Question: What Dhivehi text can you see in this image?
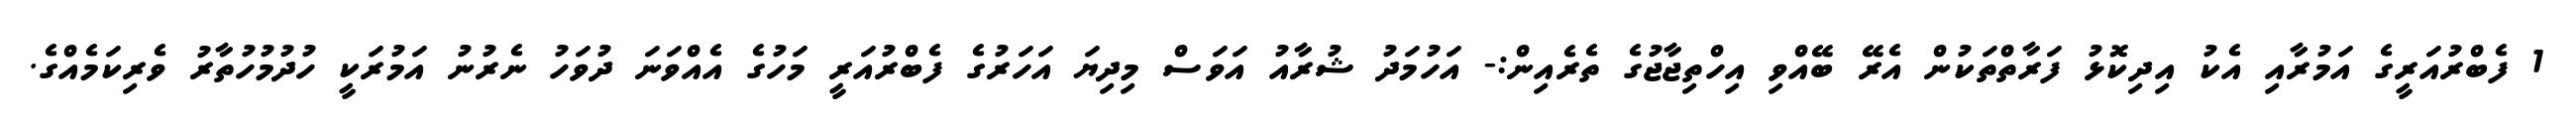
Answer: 1 ފެބްރުއަރީގެ އަމުރާއި އެކު އިދިކޮޅު ފަރާތްތަކުން އެރޭ ބޭއްވި އިހްތިޖާޖުގެ ތެރެއިން:- އަހުމަދު ޝުރާއު އަވަސް މިދިޔަ އަހަރުގެ ފެބްރުއަރީ މަހުގެ އެއްވަނަ ދުވަހު ނެރުނު އަމުރަކީ ހުދުމުހުތާރު ވެރިކަމެއްގެ.